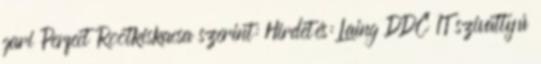
gari Perfect Rootkiskacsa szerint: Hirdetés: Laing DDC 1T szivattyú